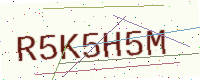
Text: R5K5H5M